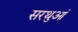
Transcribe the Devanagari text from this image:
सरथुआं